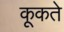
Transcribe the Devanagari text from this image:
कूकते